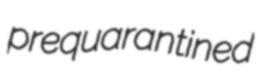
prequarantined